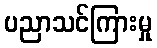
ပညာသင်ကြားမှု